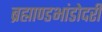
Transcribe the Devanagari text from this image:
ब्रह्माण्डभांडोदरी